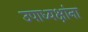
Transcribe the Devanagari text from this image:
उपाध्यक्षांना